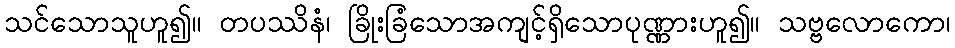
သင်သောသူဟူ၍။ တပဿိနံ၊ ခြိုးခြံသောအကျင့်ရှိသောပုဏ္ဏားဟူ၍။ သဗ္ဗလောကော၊